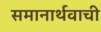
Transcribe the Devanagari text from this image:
समानार्थवाची